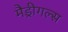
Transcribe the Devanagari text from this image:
मैड्रीगल्स